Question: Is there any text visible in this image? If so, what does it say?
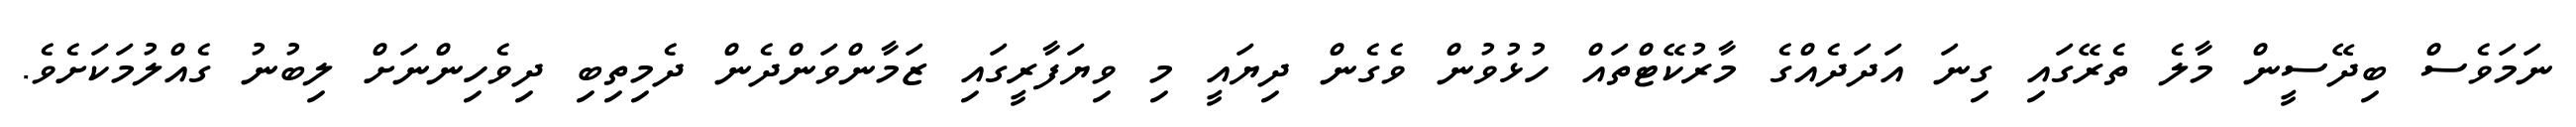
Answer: ނަމަވެސް ބިދޭސީން މާލެ ތެރޭގައި ގިނަ އަދަދެއްގެ މާރުކޭޓްތައް ހުޅުވުން ވެގެން ދިޔައީ މި ވިޔަފާރީގައި ޒަމާންވަންދެން ދެމިތިބި ދިވެހިންނަށް ލިބުނު ގެއްލުމަކަށެވެ.